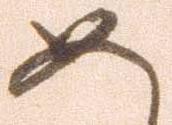
め